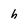
Character: h